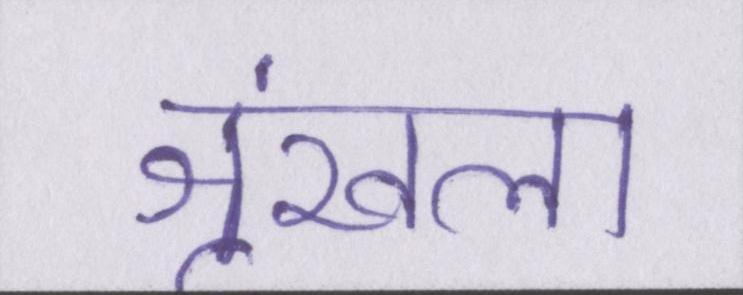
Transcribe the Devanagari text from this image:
श्रृंखला